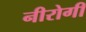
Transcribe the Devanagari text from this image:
नीरोगी